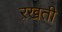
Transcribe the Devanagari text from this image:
ऱखती